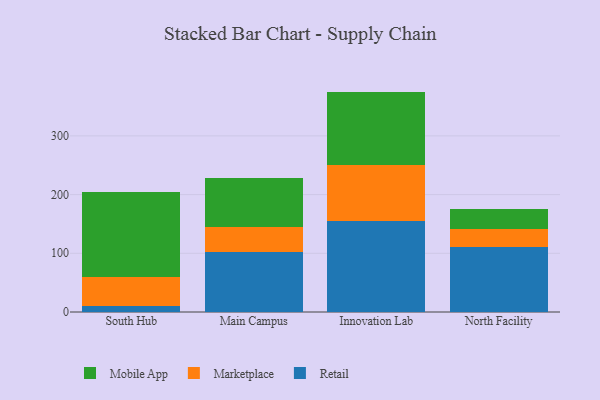
{"axis": {"x": "Campus", "y": "Inventory Turnover"}, "legend": ["Marketplace", "Mobile App", "Retail"], "data": [{"x": "South Hub", "y": 10.4, "type": "Retail"}, {"x": "South Hub", "y": 49.5, "type": "Marketplace"}, {"x": "South Hub", "y": 144.5, "type": "Mobile App"}, {"x": "Main Campus", "y": 101.7, "type": "Retail"}, {"x": "Main Campus", "y": 43.9, "type": "Marketplace"}, {"x": "Main Campus", "y": 83.0, "type": "Mobile App"}, {"x": "Innovation Lab", "y": 155.0, "type": "Retail"}, {"x": "Innovation Lab", "y": 94.7, "type": "Marketplace"}, {"x": "Innovation Lab", "y": 125.7, "type": "Mobile App"}, {"x": "North Facility", "y": 110.4, "type": "Retail"}, {"x": "North Facility", "y": 30.4, "type": "Marketplace"}, {"x": "North Facility", "y": 35.2, "type": "Mobile App"}]}